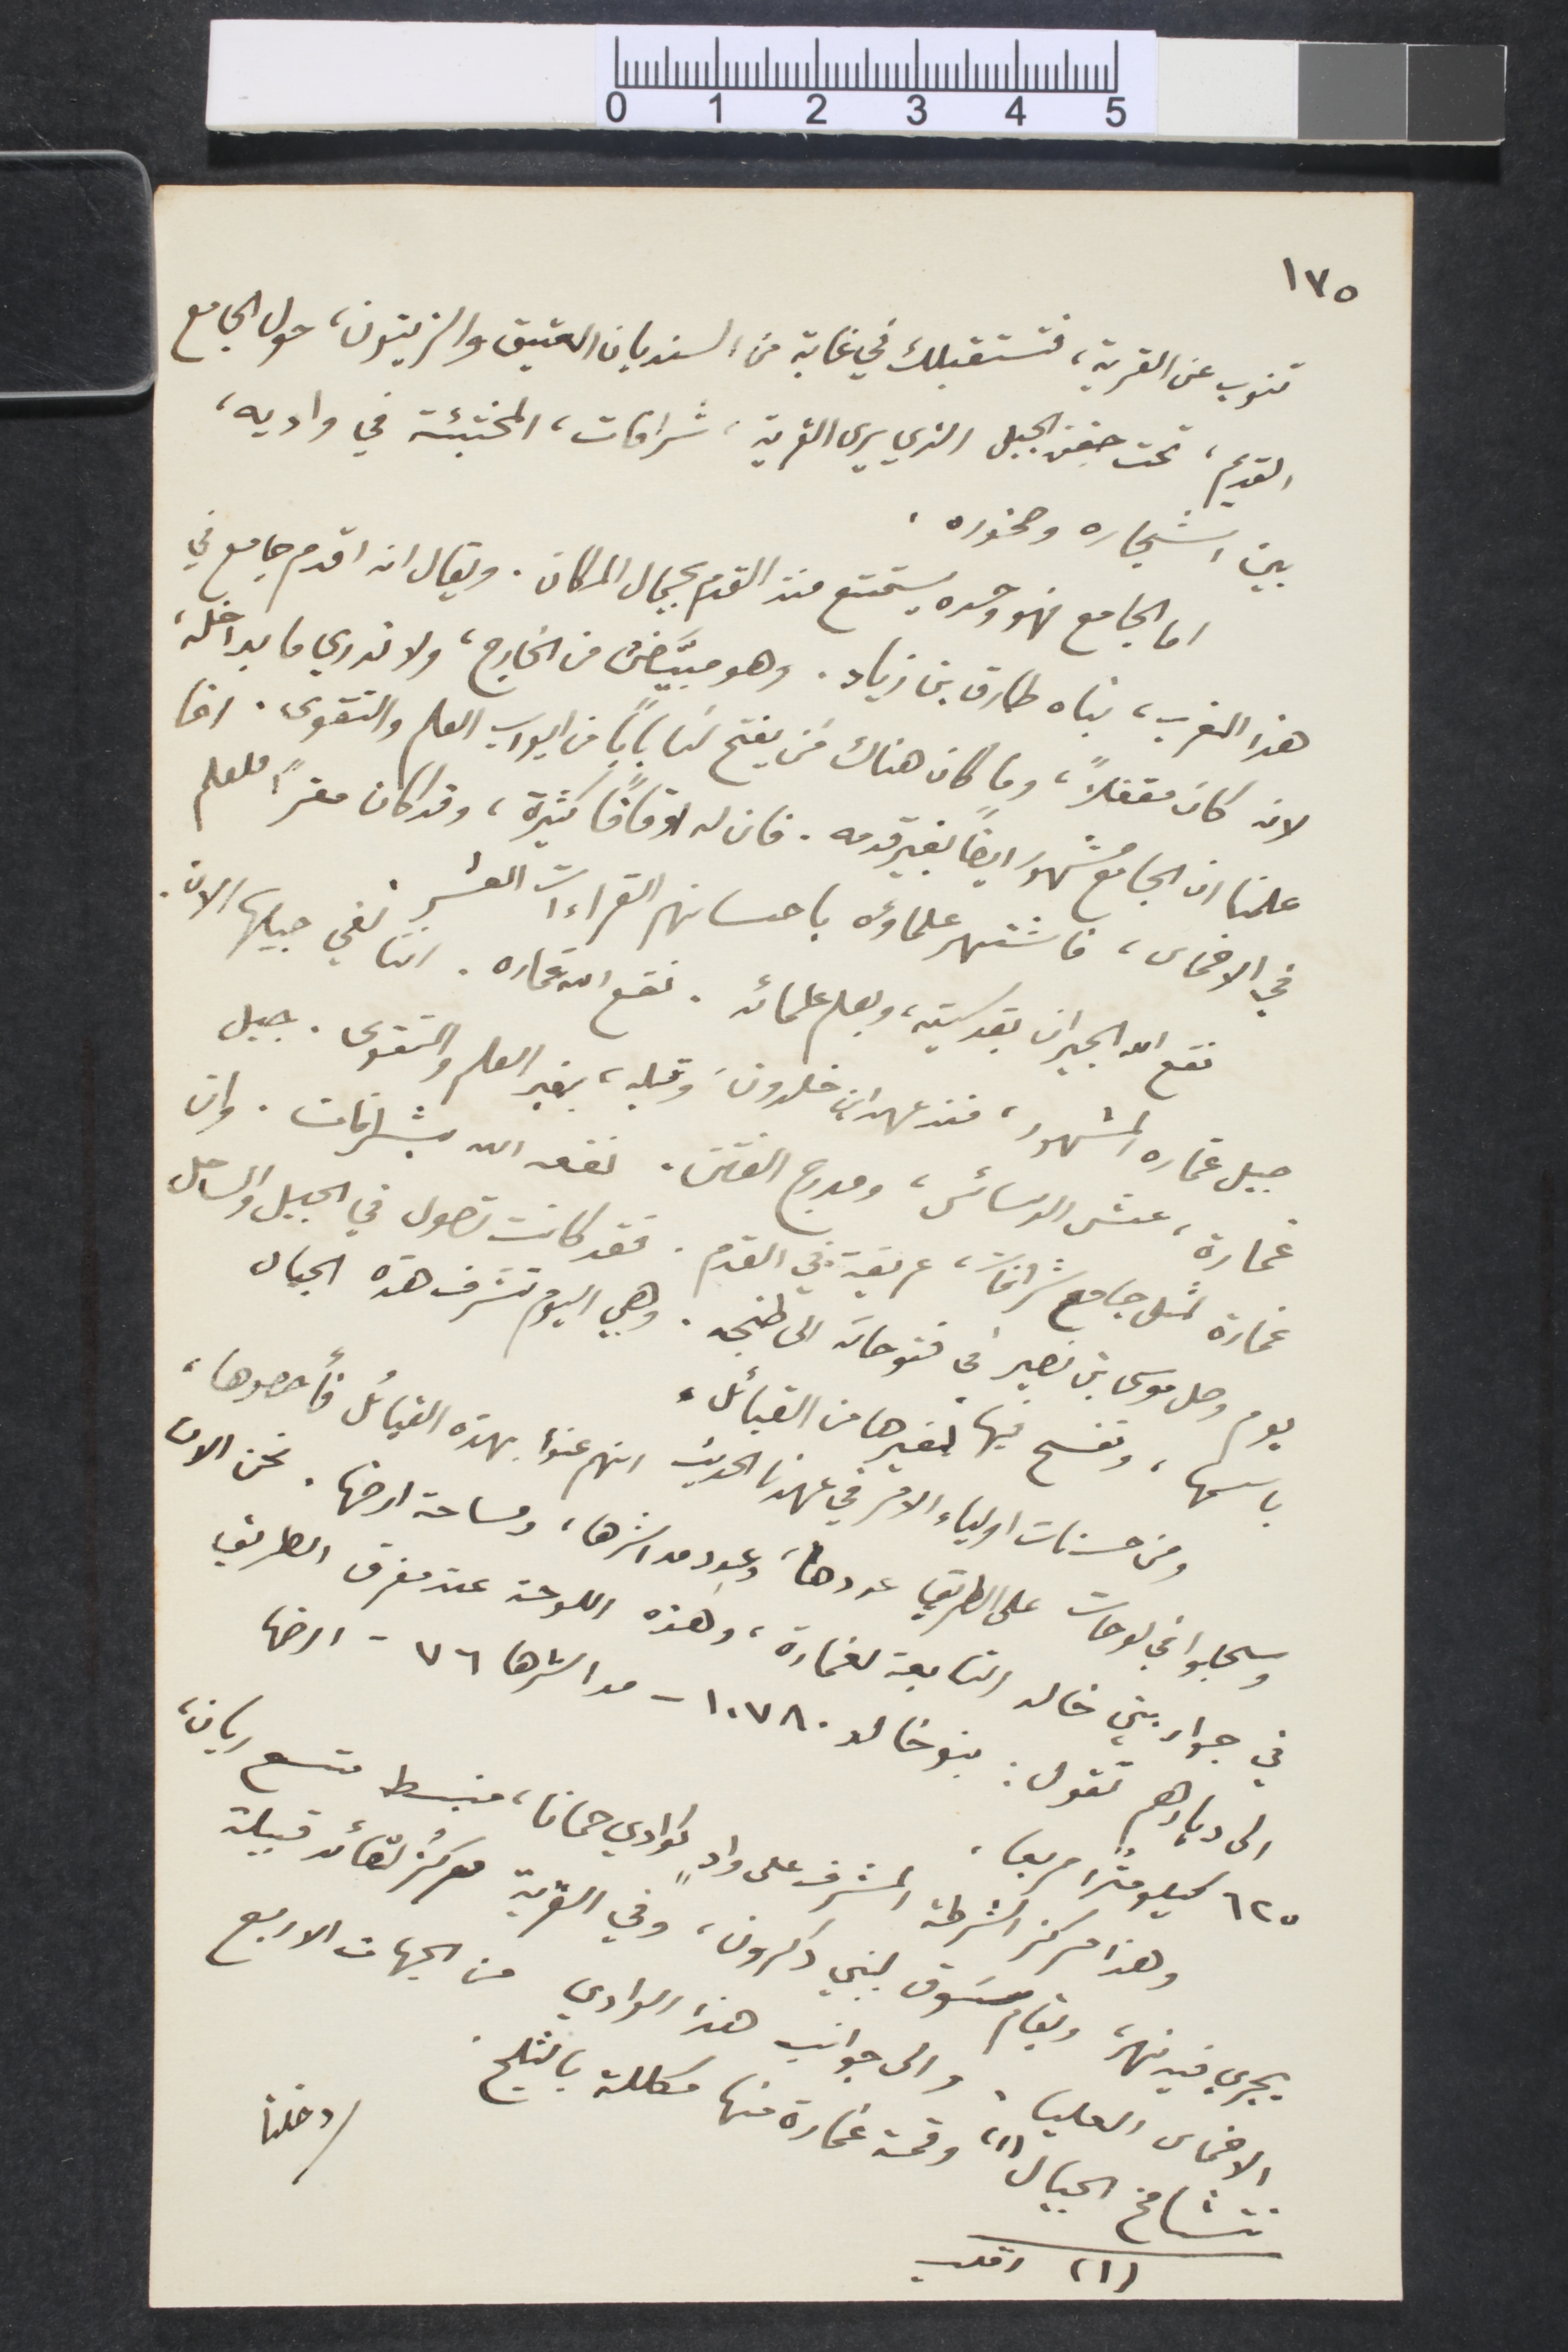
١٧٥
تنوب عن القرية، فتستقبلك في غابة من السنديان العتيق والزيتون، حول الجامع
القديم، تحت جفن الجبل الذي يرى القرية، شرافات، المختبئة في واديه،
بين اشجاره وصخوره.
اما الجامع فهو وحده يستمتع منذ القدم بجمال المكان. ويقال انه اقدم جامع في
هذا المغرب، بناه طارق بن زياد، وهو مبيّض من الخارج، ولا ندري ما بداخله
لان كان مقفلًا، وما كان هناك من يفتح لنا بابًا من ايوآه العام والتقوى. وقد
علمنا ان الجامع مشهورا أيضًا بغير قدمه. فان له اوقافًا كثيرة، وقد كان مقرًا للعلم
في الاخماس، فاشتهر علماؤه باحسانهم القراءات العشر.
نقع الله الجيران بقدسيته، وبعلم علمائه. نقع الله غماره. اننا لفي جيلها الان
جبل غماره المشهور، منذ عهد ابن خلدون، وقبله، بغير العلم والتقوى. جبل
غماره، عش الدسائس، ومدرج الفتن. نفعه الله بشرافات. وان
غمارة لمثل جامع شرافات، عريقة في القدم. فقد كانت تصول في الجبل والساحل
يوم وصل موسى بن نصير في فقوحاته الى طنجه. وهي اليوم تشرف هذه الجبال
باسمها، ونفسح فيها كغيرها من القبائل،
ومن حسنات اولياء الامر في عهدنا الحديث انهم عنوا بهذه القبائل وأحصوها،
وسجلوا في لوحات على الطريق عددها، وعدد مداشرها، ومساحة ارضها. نحن الان
في جوار بني خالد التابعة لغمارة، وهذه اللوحة عند مفترق الطريق
الي ديا رهم تقول: بنو خالد ١٠٧٨٠ - مداشرها ٧٦ - ارضها
٦٢٥ كيلومترًأ مربعًا
وهذا مركزها الشرطة المشرف على واد كوادي حمانا، منبسط متسع ريان،
يجري فيه نهر، ويقام سوق لبني دكرون، وفي القرية مركز لقائد قبيلة
دخلنا
الأخماس العليا. والى جوانب هذا الوادي من الجهات الاربع
تتشامخ الجبال وقمة غمارة منها مكللة بالثلوج
(١) اقلب